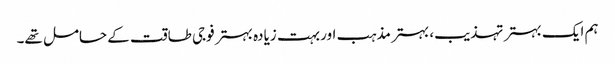
ہم ایک بہتر تہذیب، بہتر مذہب اور بہت زیادہ بہتر فوجی طاقت کے حامل تھے۔